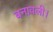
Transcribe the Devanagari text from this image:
बनावली।